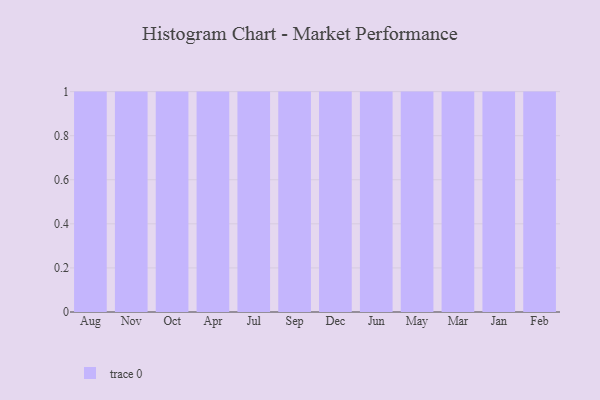
{"axis": {"x": "Month", "y": "Production Output"}, "legend": [""], "data": [{"x": "Aug", "y": 84, "type": ""}, {"x": "Nov", "y": 51, "type": ""}, {"x": "Oct", "y": 85, "type": ""}, {"x": "Apr", "y": 59, "type": ""}, {"x": "Jul", "y": 60, "type": ""}, {"x": "Sep", "y": 24, "type": ""}, {"x": "Dec", "y": 52, "type": ""}, {"x": "Jun", "y": 97, "type": ""}, {"x": "May", "y": 36, "type": ""}, {"x": "Mar", "y": 19, "type": ""}, {"x": "Jan", "y": 91, "type": ""}, {"x": "Feb", "y": 50, "type": ""}]}